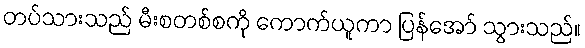
တပ်သားသည် မီးစတစ်စကို ကောက်ယူကာ ပြန်အော် သွားသည်။